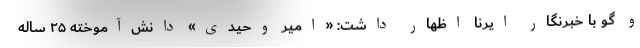
و گو با خبرنگار ایرنا اظهار داشت: «امیر وحیدی» دانش‌آموخته ۲۵ ساله